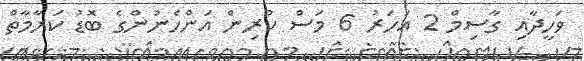
ވަހީދާއި ގާސިމް 2 އަހަރު 6 މަސް ކުރިން އަންހެނުންގެ ބޮޑު ކަރާމާތް